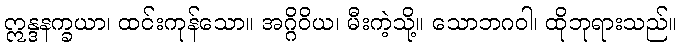
ဣန္ဒနက္ခယာ၊ ထင်းကုန်သော။ အဂ္ဂိဝိယ၊ မီးကဲ့သို့။ သောဘဂဝါ၊ ထိုဘုရားသည်။